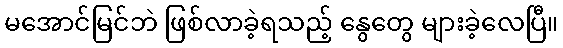
မအောင်မြင်ဘဲ ဖြစ်လာခဲ့ရသည့် နွေတွေ များခဲ့လေပြီ။